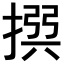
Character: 𢰅